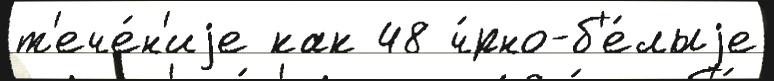
т'ече́н'иjе как 48 ч́рно-б'е́лыjе